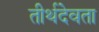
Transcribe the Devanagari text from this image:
तीर्थदेवता